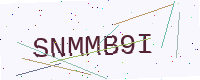
Text: SNMMB9I